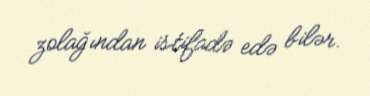
zolağından istifadə edə bilər.